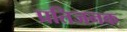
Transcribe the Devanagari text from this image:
प्रतिजनक